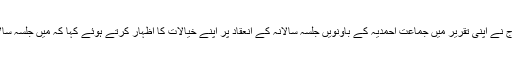
سیرالیون پیپلز پارٹی کے سابق نیشنل چیئرمین الحاج نے اپنی تقریر میں جماعت احمدیہ کے باونویں جلسہ سالانہ کے انعقاد پر اپنے خیالات کا اظہار کرتے ہوئے کہا کہ مَیں جلسہ سالانہ یوکے میں بھی کافی دفعہ شرکت کر چکا ہوں۔